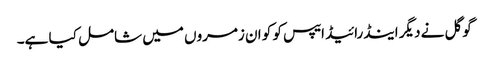
گوگل نے دیگر اینڈرائیڈ ایپس کو کو ان زمروں میں شامل کیا ہے۔